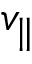
v _ { \| }